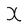
Character: X